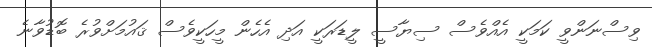
ވިސްނަންވީ ކަމަކީ އެއްވެސް ސިޔާސީ ލީޑަރަކީ އަދި އެހެން މީހަކީވެސް ޤައުމަށްވުރެ ބޮޑުވާނެ